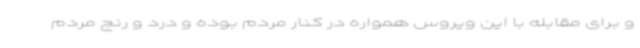
و برای مقابله با این ویروس همواره در کنار مردم بوده و درد و رنج مردم